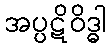
အပ္ပဋိဝိဒ္ဓါ